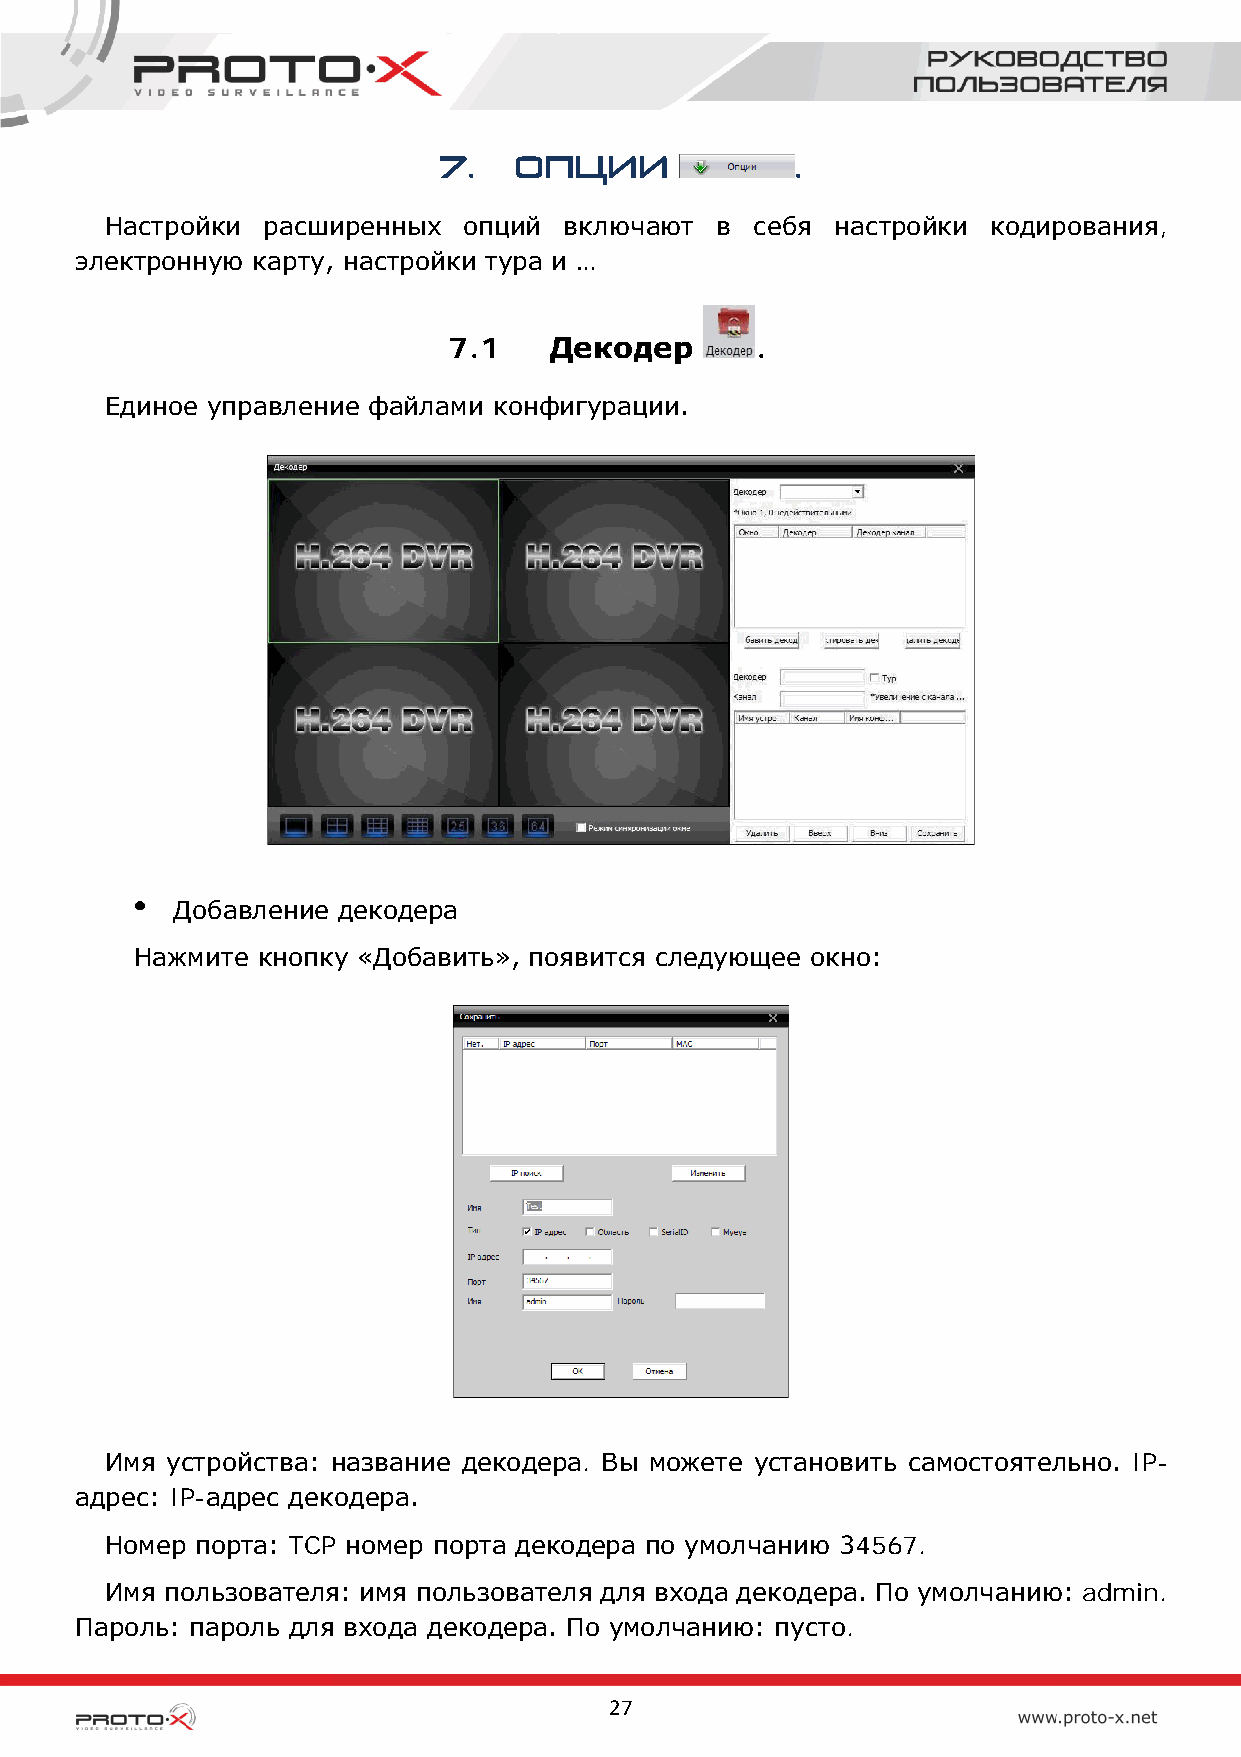
7.   Опции              .
 Настройки расширенных   опций включают  в  себя настройки  кодирования,
 электронную карту, настройки тура и …
 7.1   Декодер       .
 Единое управление файлами конфигурации.
 Добавление декодера
 Нажмите кнопку «Добавить», появится следующее окно:
 Имя устройства: название декодера. Вы можете установить самостоятельно. IP-
 адрес: IP-адрес декодера.
 Номер порта: TCP номер порта декодера по умолчанию 34567.
 Имя пользователя: имя пользователя для входа декодера. По умолчанию: admin.
 Пароль: пароль для входа декодера. По умолчанию: пусто.
 27